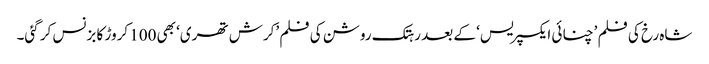
شاہ رخ کی فلم ’چنائی ایکسپریس‘ کے بعد رہتک روشن کی فلم ’کرش تھری‘ بھی 100 کروڑ کا بزنس کر گئی۔